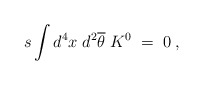
\begin{align*}s\int d^4x\;d^2\overline{\theta }\;K^0{{\;}}=\;0\;, \end{align*}